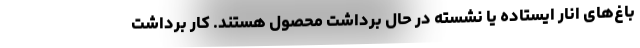
باغ‌های انار ایستاده یا نشسته در حال برداشت محصول هستند. کار برداشت